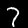
Label: 7